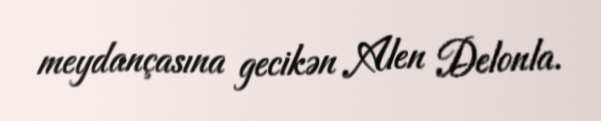
meydançasına gecikən Alen Delonla.